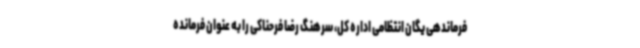
فرماندهی یگان انتظامی اداره کل، سرهنگ رضا فرحناکی را به عنوان فرمانده